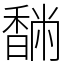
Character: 䭱